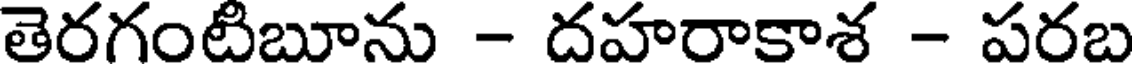
తెరగంటిబూను - దహరాకాశ - పరబ